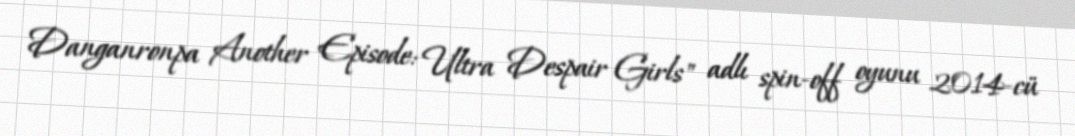
Danganronpa Another Episode: Ultra Despair Girls" adlı spin-off oyunu 2014-cü